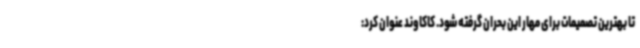
تا بهترین تصمیمات برای مهار این بحران گرفته شود. کاکاوند عنوان کرد: